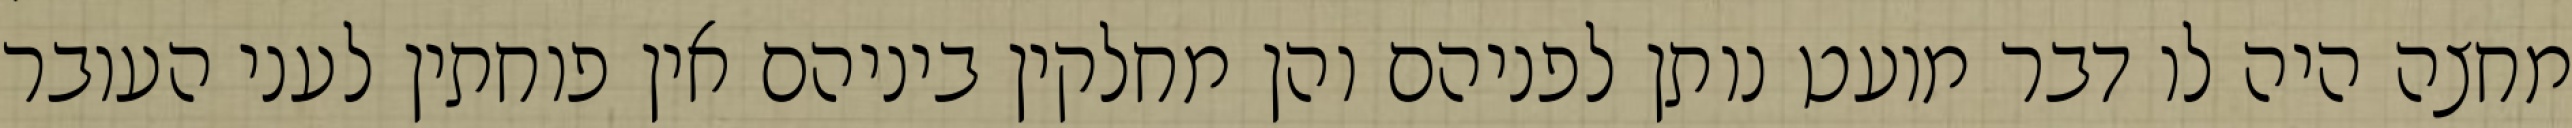
מחצה היה לו דבר מועט נותן לפניהם והן מחלקין ביניהם אין פוחתין לעני העובר